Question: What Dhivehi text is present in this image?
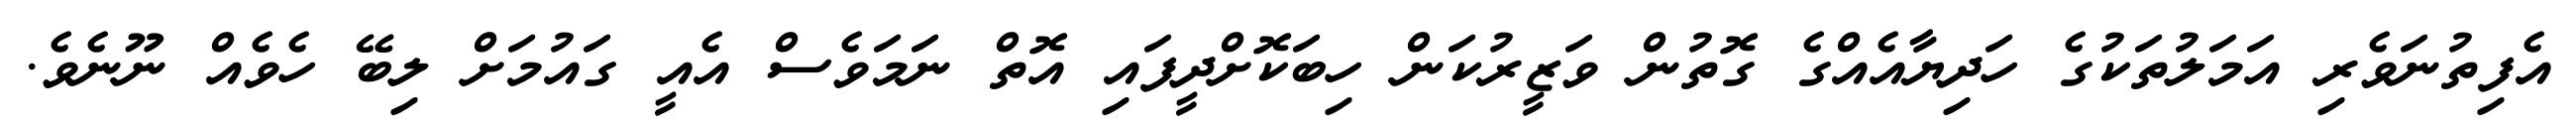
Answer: އެފިތުނަވެރި އަމަލުތަކުގެ ހަދިޔާއެއްގެ ގޮތުން ވަޒީރުކަން ހިބަކޮށްދީފައި އޮތް ނަމަވެސް އެއީ ގައުމަށް ލިބޭ ހެވެއް ނޫނެވެ.